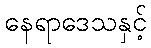
နေရာဒေသနှင့်